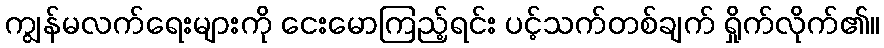
ကျွန်မလက်ရေးများကို ငေးမောကြည့်ရင်း ပင့်သက်တစ်ချက် ရှိုက်လိုက်၏။